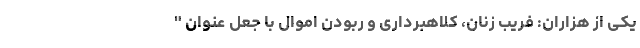
یکی از هزاران: فریب زنان، کلاهبرداری و ربودن اموال با جعل عنوان "